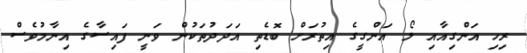
ރިހި އަންގިއާއި ލޯ އަންގީގެ އިތުރަށް ބޮޑެތި އަދަދުތަކުން ވަނީ ފައިސާގެ އިނާމުވެސް